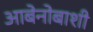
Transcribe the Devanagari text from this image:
आबेनोबाशी